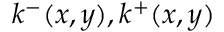
k ^ { - } ( x , y ) , k ^ { + } ( x , y )